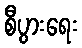
စီပွားရေး